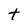
Character: t